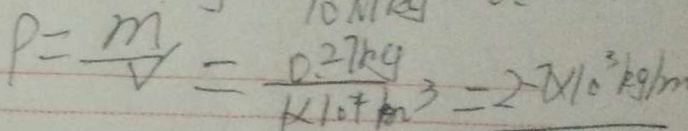
\rho = \frac { m } { V } = \frac { 0 . 2 7 k g } { 1 \times 1 0 ^ { 2 } m ^ { 3 } } = 2 . 7 \times 1 0 ^ { 3 } k g / m